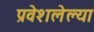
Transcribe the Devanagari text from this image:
प्रवेशलेल्या